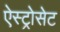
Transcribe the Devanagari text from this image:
ऐस्ट्रोसेट